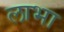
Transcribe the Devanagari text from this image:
लाभा